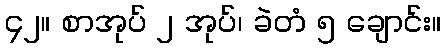
၄၂။ စာအုပ် ၂ အုပ်၊ ခဲတံ ၅ ချောင်း။